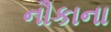
નૌકાના